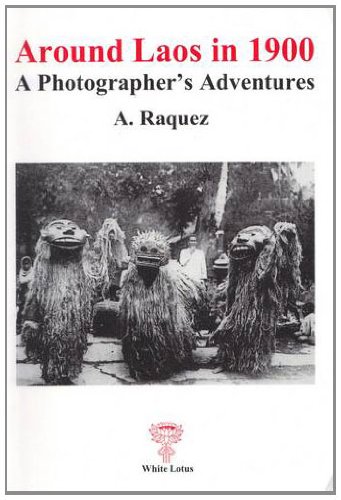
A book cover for Around Laos in 1900: A Photographers Adventure; A. Raquez; Travel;